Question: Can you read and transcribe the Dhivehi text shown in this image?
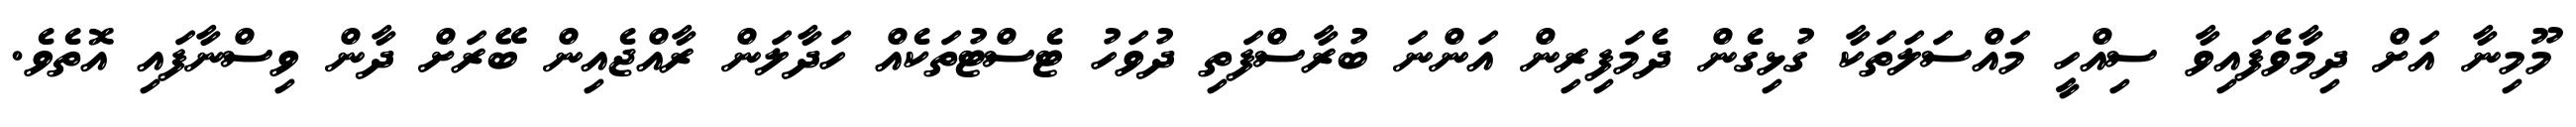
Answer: މޫމިނާ އަށް ދިމާވެފައިވާ ސިއްހީ މައްސަލަތަކާ ގުޅިގެން ދެމަފިރިން އަންނަ ބުރާސްފަތި ދުވަހު ޓެސްޓުތަކެއް ހަދާލަން ރާއްޖެއިން ބޭރަށް ދާން ވިސްނާފައި އޮތެވެ.